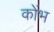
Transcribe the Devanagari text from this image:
कोंभ